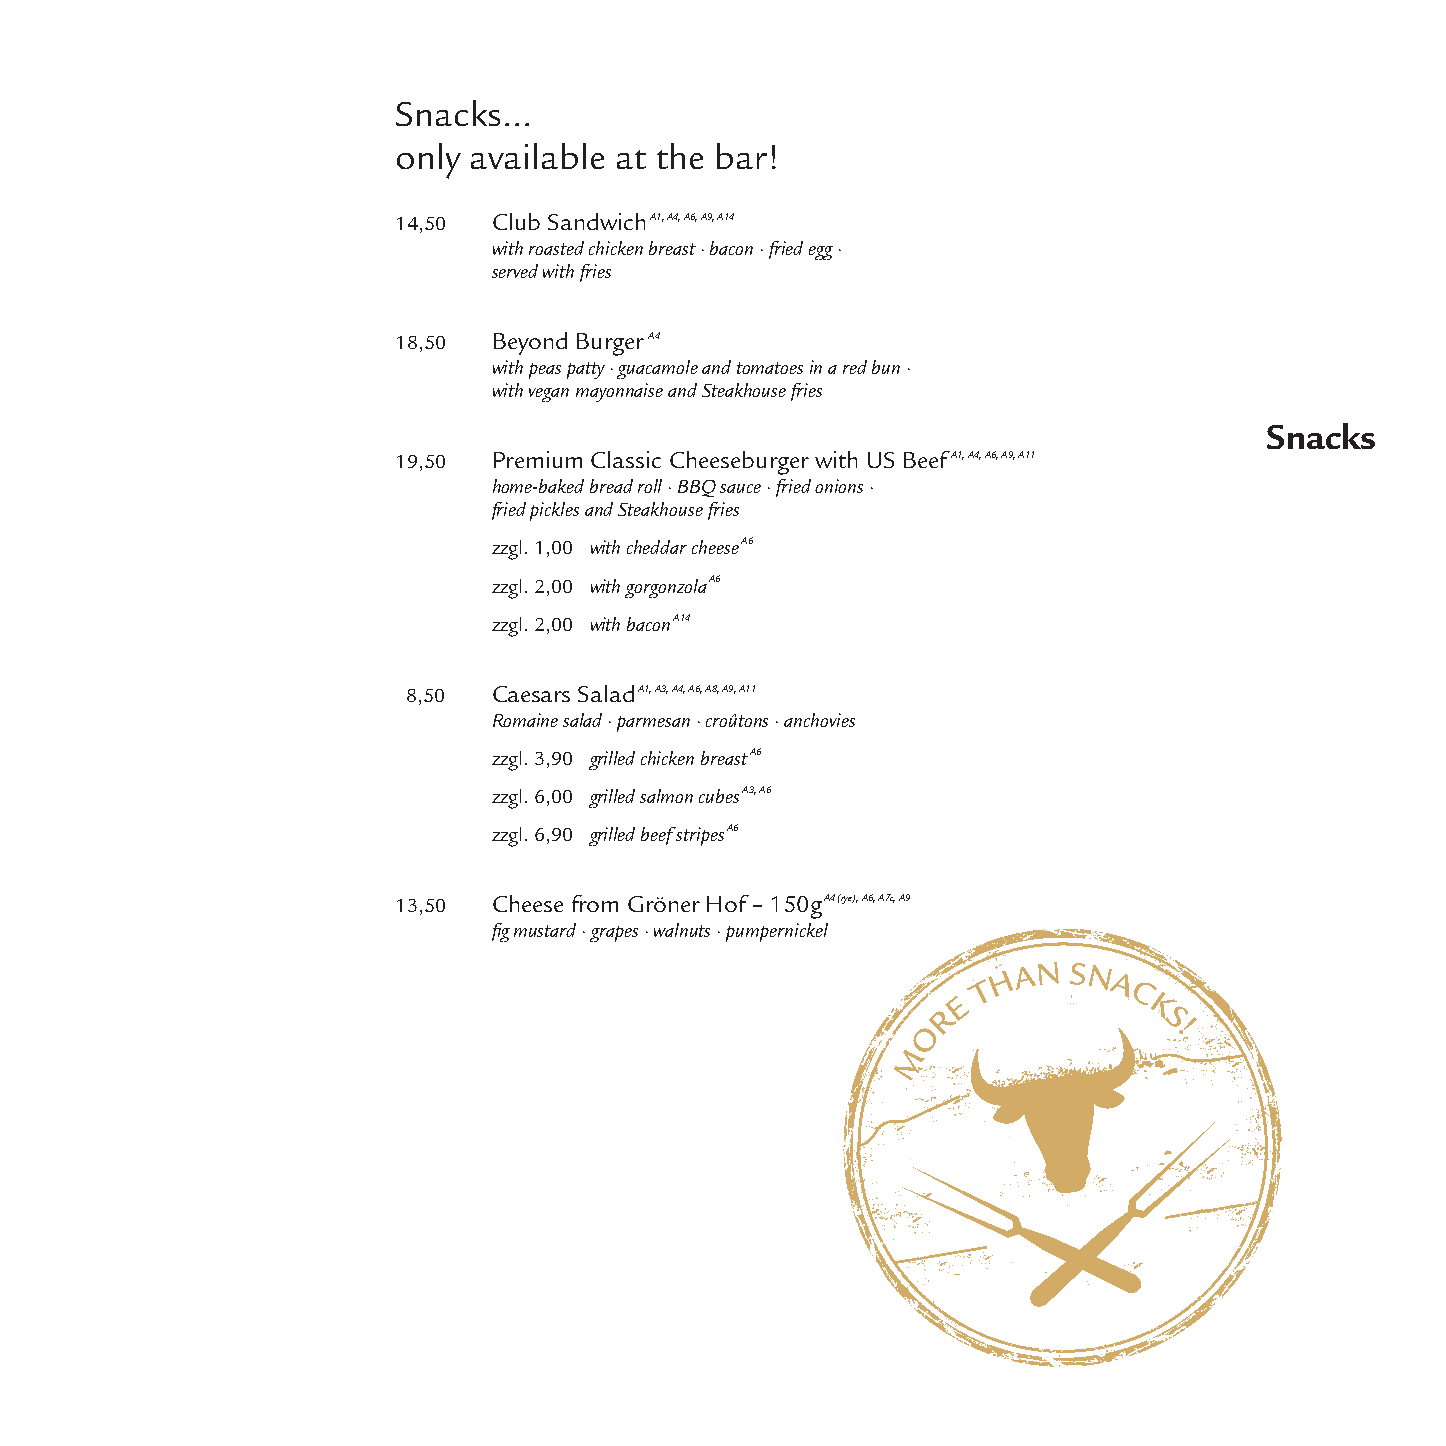
Snacks...
 only available at the bar!
 14,50  Club SandwichA1, A4, A6, A9, A14
 with roasted chicken breast · bacon · fried egg ·
 served with fries
 18,50  Beyond BurgerA4
 with peas patty · guacamole and tomatoes in a red bun ·
 with vegan mayonnaise and Steakhouse fries
 Snacks
 19,50  Premium Classic Cheeseburger with US BeefA1, A4, A6, A9, A11
 home-baked bread roll · BBQ sauce · fried onions ·
 fried pickles and Steakhouse fries
 zzgl. 1,00 with cheddar cheeseA6
 zzgl. 2,00 with gorgonzolaA6
 zzgl. 2,00 with baconA14
 8,50  Caesars SaladA1, A3, A4, A6, A8, A9, A11
 Romaine salad · parmesan · croûtons · anchovies
 zzgl. 3,90 grilled chicken breastA6
 zzgl. 6,00 grilled salmon cubesA3, A6
 zzgl. 6,90 grilled beef stripesA6
 13,50  Cheese from Gröner Hof–150gA4 (rye), A6, A7c, A9
 fig mustard · grapes · walnuts · pumpernickel
 H AN SN
 T       A
 C
 E
 R             K
 S
 O               !
 M